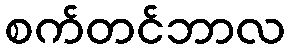
စက်တင်ဘာလ